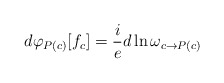
\begin{align*}d \varphi_{P(c)}[f_{c}]= \frac{i}{e} d \ln \omega_{c \rightarrow P(c)}\end{align*}